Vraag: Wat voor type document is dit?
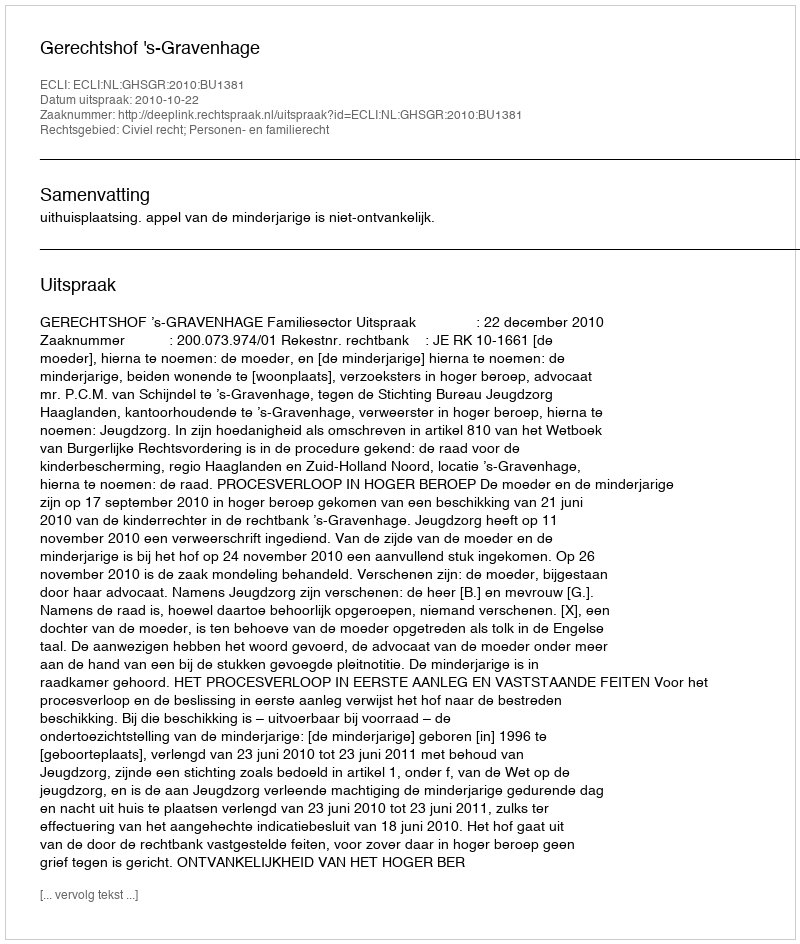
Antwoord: Uitspraak